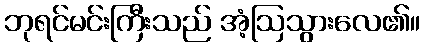
ဘုရင်မင်းကြီးသည် အံ့ဩသွားလေ၏။